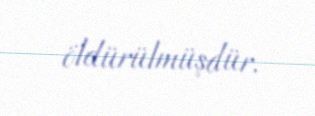
öldürülmüşdür.